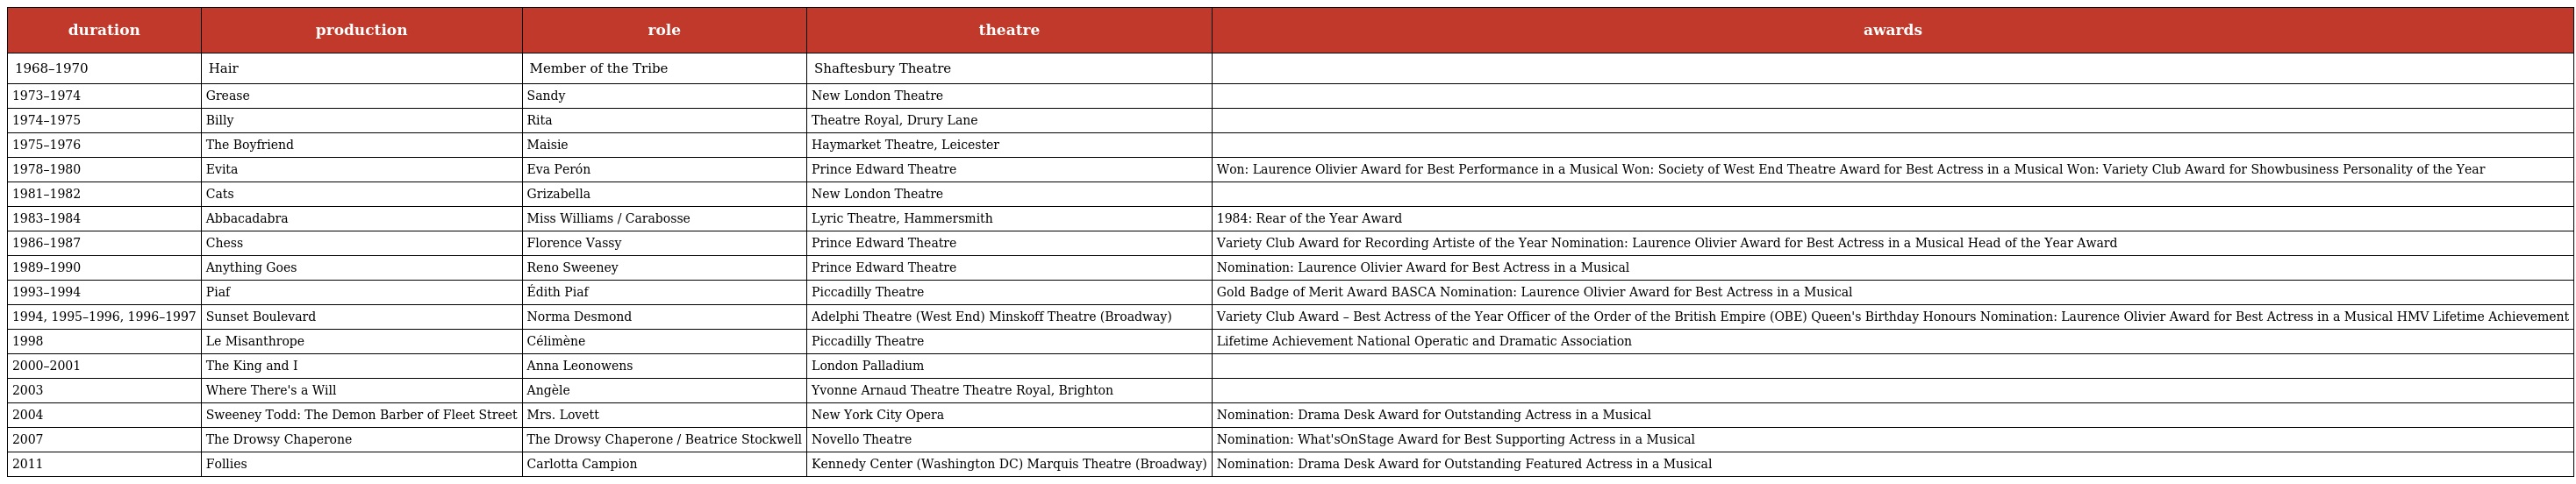
| duration | production | role | theatre | awards |
 | --- | --- | --- | --- | --- |
 | 1968–1970 | Hair | Member of the Tribe | Shaftesbury Theatre |  |
 | 1973–1974 | Grease | Sandy | New London Theatre |  |
 | 1974–1975 | Billy | Rita | Theatre Royal, Drury Lane |  |
 | 1975–1976 | The Boyfriend | Maisie | Haymarket Theatre, Leicester |  |
 | 1978–1980 | Evita | Eva Perón | Prince Edward Theatre | Won: Laurence Olivier Award for Best Performance in a Musical Won: Society of West End Theatre Award for Best Actress in a Musical Won: Variety Club Award for Showbusiness Personality of the Year |
 | 1981–1982 | Cats | Grizabella | New London Theatre |  |
 | 1983–1984 | Abbacadabra | Miss Williams / Carabosse | Lyric Theatre, Hammersmith | 1984: Rear of the Year Award |
 | 1986–1987 | Chess | Florence Vassy | Prince Edward Theatre | Variety Club Award for Recording Artiste of the Year Nomination: Laurence Olivier Award for Best Actress in a Musical Head of the Year Award |
 | 1989–1990 | Anything Goes | Reno Sweeney | Prince Edward Theatre | Nomination: Laurence Olivier Award for Best Actress in a Musical |
 | 1993–1994 | Piaf | Édith Piaf | Piccadilly Theatre | Gold Badge of Merit Award BASCA Nomination: Laurence Olivier Award for Best Actress in a Musical |
 | 1994, 1995–1996, 1996–1997 | Sunset Boulevard | Norma Desmond | Adelphi Theatre (West End) Minskoff Theatre (Broadway) | Variety Club Award – Best Actress of the Year Officer of the Order of the British Empire (OBE) Queen's Birthday Honours Nomination: Laurence Olivier Award for Best Actress in a Musical HMV Lifetime Achievement |
 | 1998 | Le Misanthrope | Célimène | Piccadilly Theatre | Lifetime Achievement National Operatic and Dramatic Association |
 | 2000–2001 | The King and I | Anna Leonowens | London Palladium |  |
 | 2003 | Where There's a Will | Angèle | Yvonne Arnaud Theatre Theatre Royal, Brighton |  |
 | 2004 | Sweeney Todd: The Demon Barber of Fleet Street | Mrs. Lovett | New York City Opera | Nomination: Drama Desk Award for Outstanding Actress in a Musical |
 | 2007 | The Drowsy Chaperone | The Drowsy Chaperone / Beatrice Stockwell | Novello Theatre | Nomination: What'sOnStage Award for Best Supporting Actress in a Musical |
 | 2011 | Follies | Carlotta Campion | Kennedy Center (Washington DC) Marquis Theatre (Broadway) | Nomination: Drama Desk Award for Outstanding Featured Actress in a Musical |